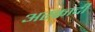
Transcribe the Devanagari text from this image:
अरकादी